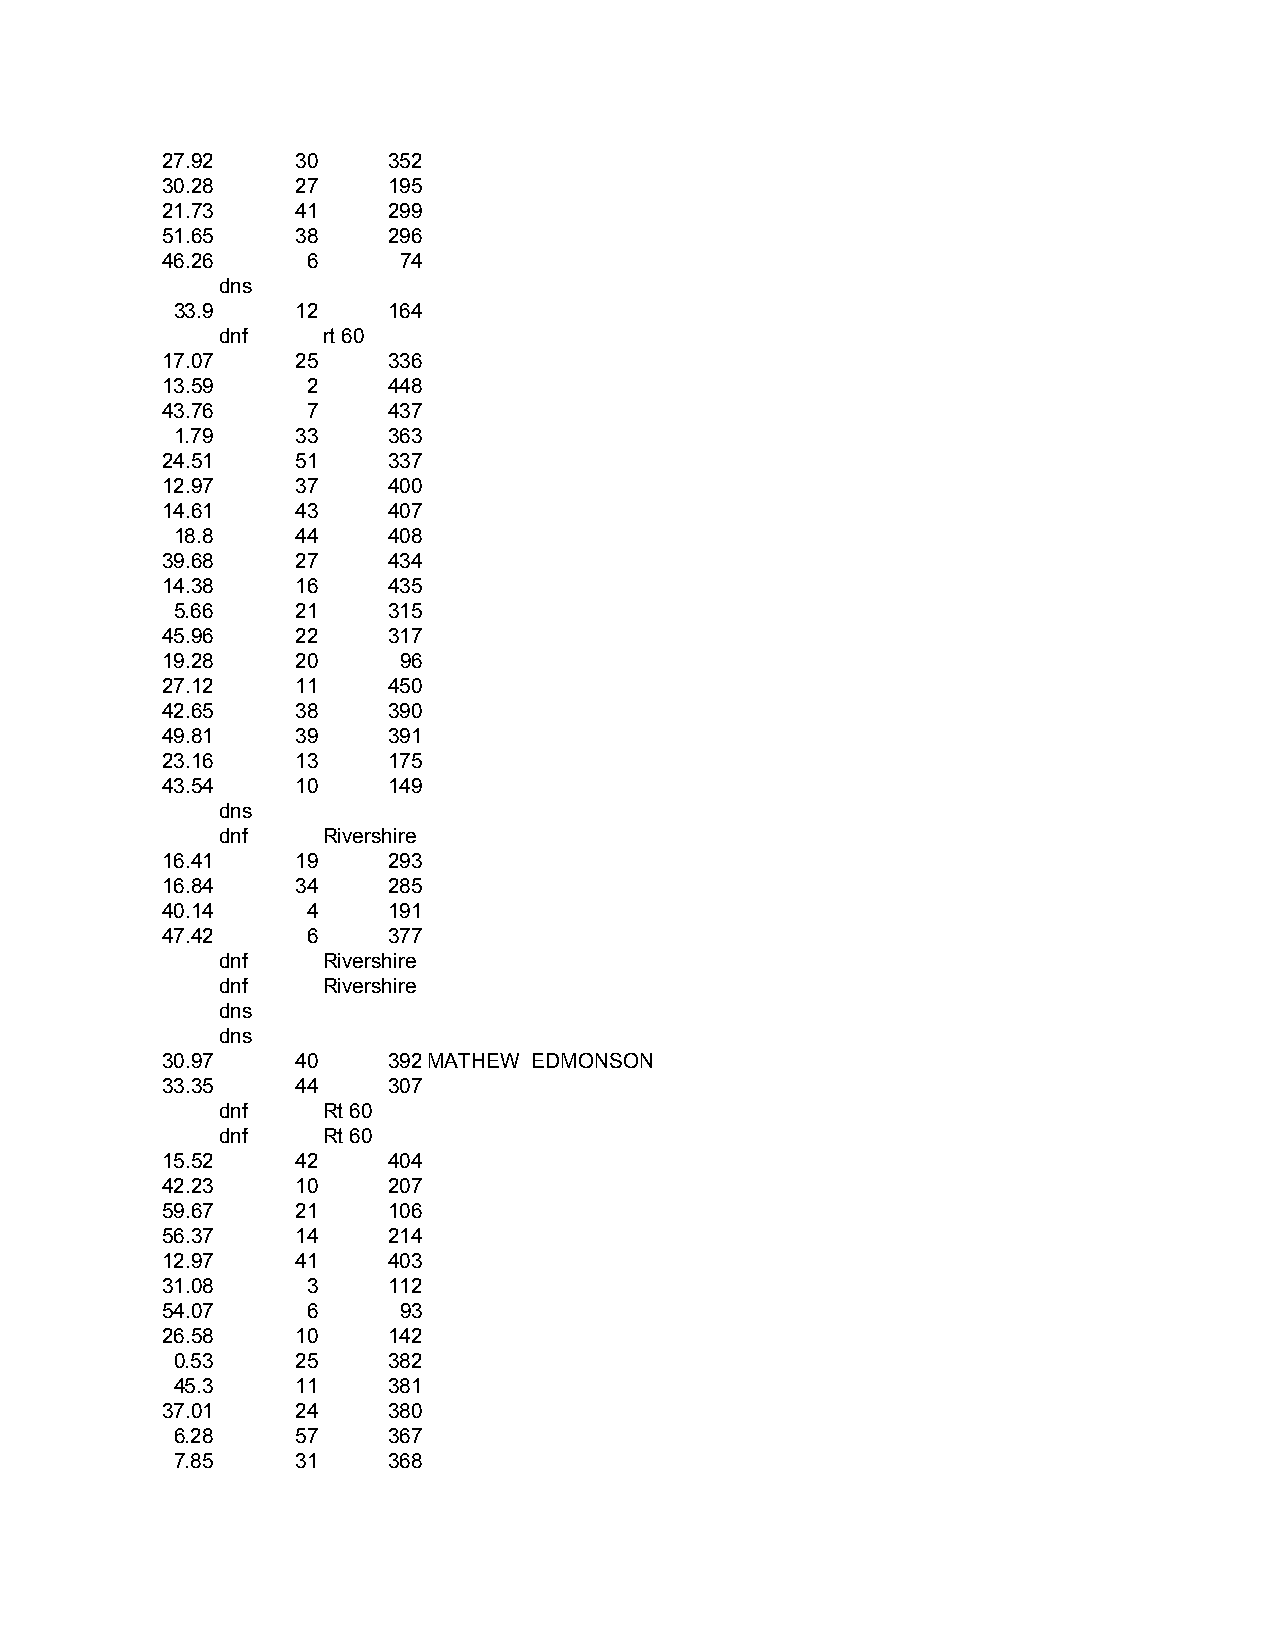
27.92    30    352
 30.28    27    195
 21.73    41    299
 51.65    38    296
 46.26    6     74
 dns
 33.9     12    164
 dnf    rt 60
 17.07    25    336
 13.59    2     448
 43.76    7     437
 1.79     33    363
 24.51    51    337
 12.97    37    400
 14.61    43    407
 18.8     44    408
 39.68    27    434
 14.38    16    435
 5.66     21    315
 45.96    22    317
 19.28    20    96
 27.12    11    450
 42.65    38    390
 49.81    39    391
 23.16    13    175
 43.54    10    149
 dns
 dnf    Rivershire
 16.41    19    293
 16.84    34    285
 40.14    4     191
 47.42    6     377
 dnf    Rivershire
 dnf    Rivershire
 dns
 dns
 30.97    40    392MATHEW EDMONSON
 33.35    44    307
 dnf    Rt 60
 dnf    Rt 60
 15.52    42    404
 42.23    10    207
 59.67    21    106
 56.37    14    214
 12.97    41    403
 31.08    3     112
 54.07    6     93
 26.58    10    142
 0.53     25    382
 45.3     11    381
 37.01    24    380
 6.28     57    367
 7.85     31    368